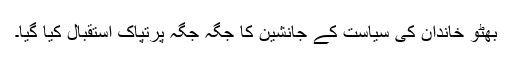
بھٹو خاندان کی سیاست کے جانشین کا جگہ جگہ پرتپاک استقبال کیا گیا۔